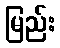
မြည်း